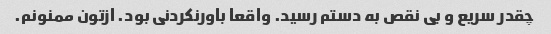
چقدر سریع و بی نقص به دستم رسید. واقعا باورنکردنی بود. ازتون ممنونم.